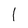
Character: l